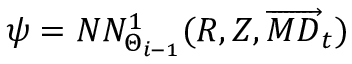
\boldsymbol { \psi } = N N _ { \Theta _ { i - 1 } } ^ { 1 } ( \boldsymbol { R } , \boldsymbol { Z } , \overrightarrow { M D } _ { t } )